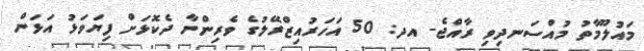
މައުލޫމާތު މުއްސަނދިވި ރާއްޖެ- އދ: 50 އަހަރުއިޒްރޭލުގެ ވެރިންނާ ދެކޮޅަށް ފިޔަވަޅު އަޅަން